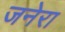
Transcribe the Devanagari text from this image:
जनेरा